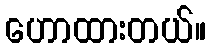
ဟောထားတယ်။